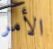
الأمر